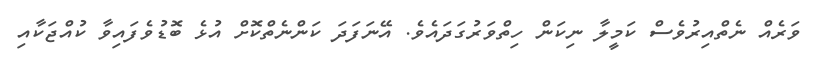
ވަރެއް ނެތްއިރުވެސް ކަމީލާ ނިކަން ހިތްވަރުގަދައެވެ. އޭނަފަދަ ކަންނެތްކޮށް އުޅެ ބޮޑުވެފައިވާ ކުއްޖަކާއި